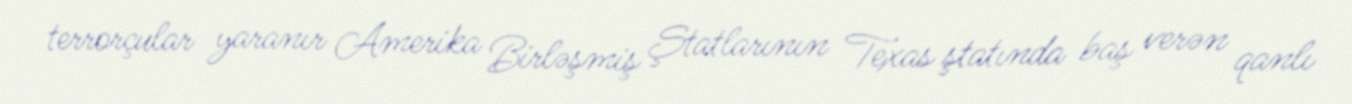
terrorçular yaranır Amerika Birləşmiş Ştatlarının Texas ştatında baş verən qanlı